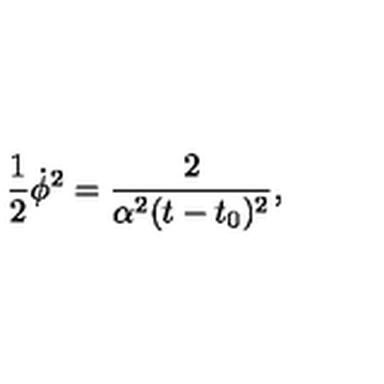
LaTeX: { \frac { 1 } { 2 } \dot { \phi } ^ { 2 } = \frac { 2 } { \alpha ^ { 2 } ( t - t _ { 0 } ) ^ { 2 } } , }